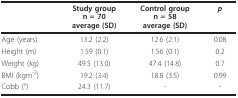
<table><thead><tr><td></td><td><b>Study groupn = 70average (SD)</b></td><td><b>Control groupn = 58average (SD)</b></td><td><b><i>p</i></b></td></tr></thead><tbody><tr><td>Age (years)</td><td>13.2 (2.2)</td><td>12.6 (2.1)</td><td>0.08</td></tr><tr><td>Height (m)</td><td>1.59 (0.1)</td><td>1.56 (0.1)</td><td>0.2</td></tr><tr><td>Weight (kg)</td><td>49.5 (13.0)</td><td>47.4 (14.8)</td><td>0.7</td></tr><tr><td>BMI (kgm<sup>-2</sup>)</td><td>19.2 (3.4)</td><td>18.8 (3.5)</td><td>0.99</td></tr><tr><td>Cobb (°)</td><td>24.3 (11.7)</td><td>-</td><td>-</td></tr></tbody></table>